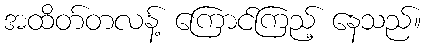
အထိတ်တလန့် ကြောင်ကြည့် နေသည်။